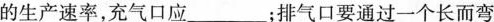
的生产速率，充气口应 ___；排气口要通过一个长而弯